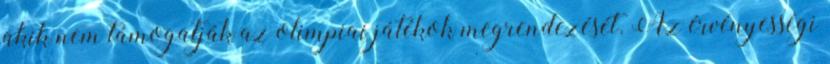
akik nem támogatják az olimpiai játékok megrendezését. Az érvényességi